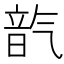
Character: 𪵦